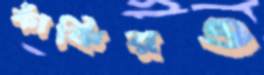
ফাঁকিরও